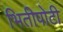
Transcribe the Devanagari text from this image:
भितीपोटी